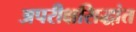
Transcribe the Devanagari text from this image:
अपरीक्षसिद्धांत